Document type: Sale
Year: 1430
Scribe: [Unknown]
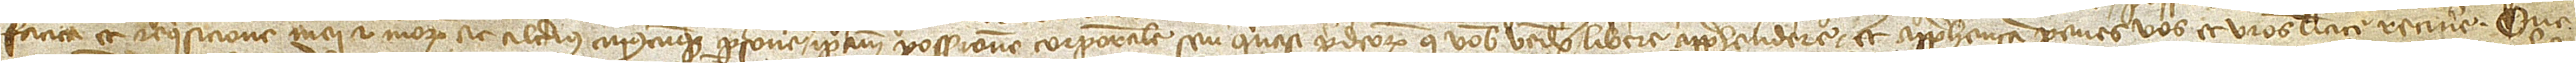
fatica et requisicione mei et meorum ac alterius cuiuscumque persone ipsam possessionem corporalem seu quasi predictorum que vobis vendo libere apprehendere, et apprehensam penes vos et vestros licite retinere. Que